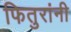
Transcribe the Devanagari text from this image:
फितुरांनी